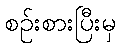
စဉ်းစားပြီးမှ